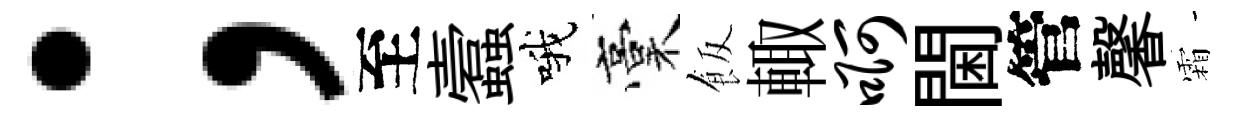
；至蠧哦稾飯輙啊閫管馨霜